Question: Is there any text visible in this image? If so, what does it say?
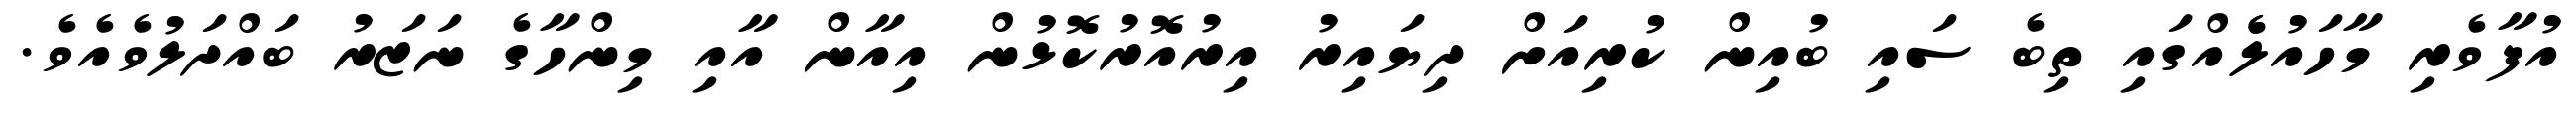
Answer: އުފާވެރި މާހައުލެެއްގައި ތިބެ ސައި ބުއިން ކުރިއަށް ދިޔައިރު އިރުއޮރުކޮޅުން އިއާން އާއި މިންހާގެ ނަޒަރު ބައްދަލުވެއެވެ.